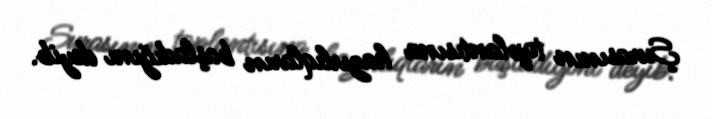
Şurasının toplantısına hazırlıqların başladığını deyib.